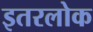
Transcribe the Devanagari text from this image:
इतरलोक